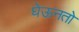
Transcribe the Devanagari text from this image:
घेऊनतो